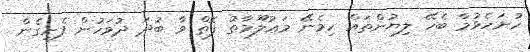
ހުށަހެޅުމާ ބެހޭ ލިޔުންތައް ހިމެނޭ މަޢުލޫމާތު ފޮތް ވާ ބުދަ ދުވަހުން ފެށިގެން